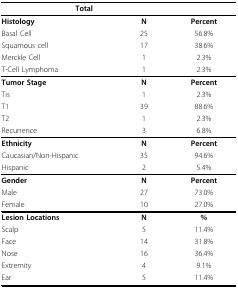
|  | <COLSPAN=2> Total |
 | --- | --- | --- |
 | Histology | N | Percent |
 | Basal Cell | 25 | 56.8% |
 | Squamous cell | 17 | 38.6% |
 | Merckle Cell | 1 | 2.3% |
 | T-Cell Lymphoma | 1 | 2.3% |
 | Tumor Stage | N | Percent |
 | Tis | 1 | 2.3% |
 | T1 | 39 | 88.6% |
 | T2 | 1 | 2.3% |
 | Recurrence | 3 | 6.8% |
 | Ethnicity | N | Percent |
 | Caucasian/Non-Hispanic | 35 | 94.6% |
 | Hispanic | 2 | 5.4% |
 | Gender | N | Percent |
 | Male | 27 | 73.0% |
 | Female | 10 | 27.0% |
 | Lesion Locations | N | % |
 | Scalp | 5 | 11.4% |
 | Face | 14 | 31.8% |
 | Nose | 16 | 36.4% |
 | Extremity | 4 | 9.1% |
 | Ear | 5 | 11.4% |